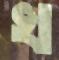
খ